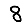
Digit: 8